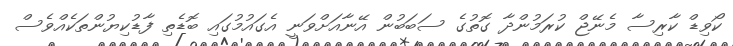
ކޯވިޑް ކާރިސާ މެނޭޖް ކުރަމުންދާ ގޮތުގެ ސަބަބުން އޭނާއަށްވަނީ އެގައުމުގައި ބޮޑެތި ފާޑުކިޔުންތަކެއްވެސް